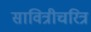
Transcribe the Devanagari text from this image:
सावित्रीचरित्र